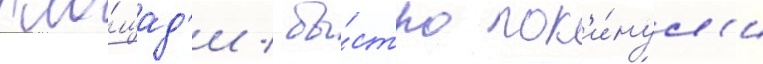
пло́щад'и / бы́стро пок'и́нул'и